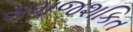
સમજશકિત